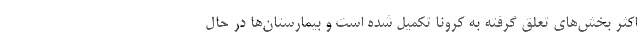
اکثر بخش‌های تعلق گرفته به کرونا تکمیل شده است و بیمارستان‌ها در حال